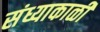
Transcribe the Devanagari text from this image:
संध्याकाळीं